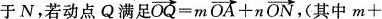
于N，若动点Q满足 $$\overrightarrow { O Q } = m \overrightarrow { O A } + n